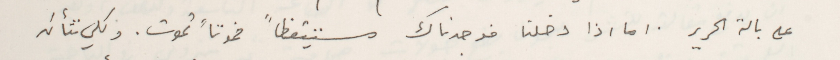
على بالة الحرير. اما اذا دخلنا فوجدناك مستيقظاً فموتاً تموت. ولكي نتأكد